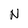
Character: N